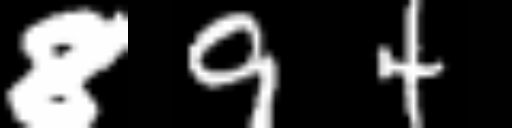
Text: 894